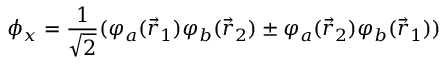
\phi _ { x } = { \frac { 1 } { \sqrt { 2 } } } ( \varphi _ { a } ( { \vec { r } } _ { 1 } ) \varphi _ { b } ( { \vec { r } } _ { 2 } ) \pm \varphi _ { a } ( { \vec { r } } _ { 2 } ) \varphi _ { b } ( { \vec { r } } _ { 1 } ) )